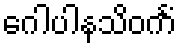
ဂေါပါနသိဝင်္ကံ